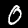
Digit: 0